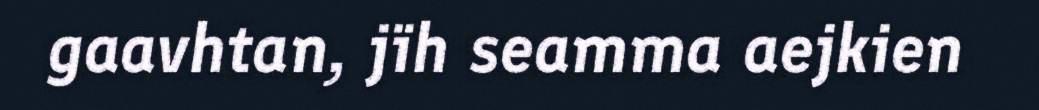
gaavhtan, jïh seamma aejkien